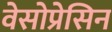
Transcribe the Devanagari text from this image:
वेसोप्रेसिन